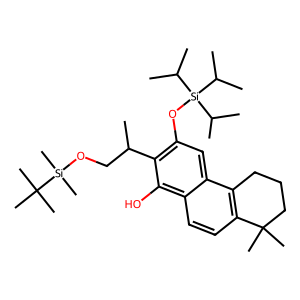
SMILES: CC(CO[Si](C)(C)C(C)(C)C)c1c(O[Si](C(C)C)(C(C)C)C(C)C)cc2c3c(ccc2c1O)C(C)(C)CCC3
Inhibits HIV replication: No